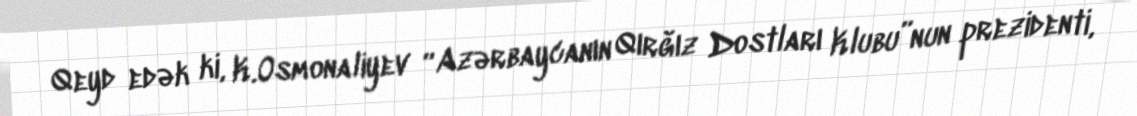
Qeyd edək ki, K.Osmonaliyev “Azərbaycanın Qırğız Dostları Klubu”nun prezidenti,